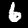
Digit: 6